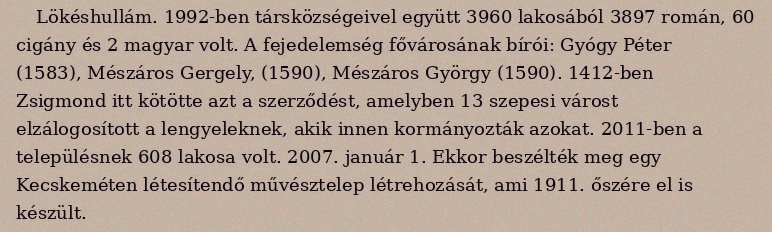
Lökéshullám. 1992-ben társközségeivel együtt 3960 lakosából 3897 román, 60 cigány és 2 magyar volt. A fejedelemség fővárosának bírói: Gyógy Péter (1583), Mészáros Gergely, (1590), Mészáros György (1590). 1412-ben Zsigmond itt kötötte azt a szerződést, amelyben 13 szepesi várost elzálogosított a lengyeleknek, akik innen kormányozták azokat. 2011-ben a településnek 608 lakosa volt. 2007. január 1. Ekkor beszélték meg egy Kecskeméten létesítendő művésztelep létrehozását, ami 1911. őszére el is készült.